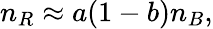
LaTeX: n_{R}\approx a(1-b)n_{B},